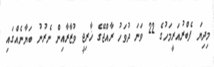
މިދިޔަ ފެބްރުއަރީމަހުގެ 22 ވަނަ ދުވަހު ރާއްޖޭގެ ޚާރިޖީ ވުޒާރާއިން ނެރުނު ބަޔާނެއްގައި